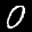
Label: 0